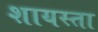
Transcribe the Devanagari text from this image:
शायस्ता